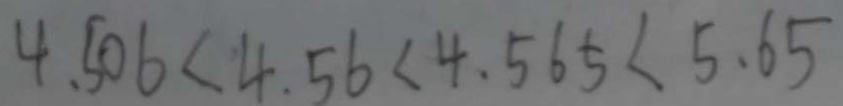
4 . 5 0 6 < 4 . 5 6 < 4 . 5 6 5 < 5 . 6 5